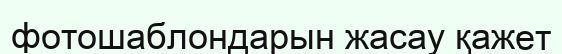
фотошаблондарын жасау қажет